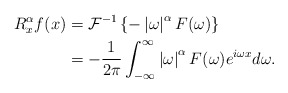
\begin{align*}R_{x}^{\alpha}f(x) & =\mathcal{F}^{-1}\left\{ -\left\vert \omega\right\vert^{\alpha}F(\omega)\right\} \\& =-\frac{1}{2\pi}\int_{-\infty}^{\infty}\left\vert \omega\right\vert^{\alpha}F(\omega)e^{i\omega x}d\omega.\end{align*}